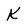
Character: K